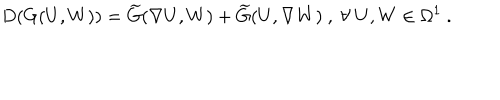
D ( G ( U , W ) ) = \widetilde { G } ( \nabla U , W ) + \widetilde { G } ( U , \nabla W ) ~ , ~ \forall ~ U , W \in \Omega ^ { 1 } ~ .